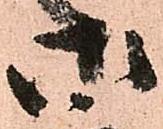
御